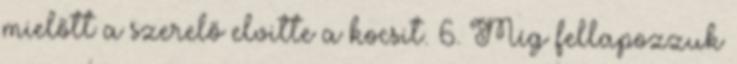
mielőtt a szerelő elvitte a kocsit. 6. Míg fellapozzuk